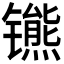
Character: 𫔒